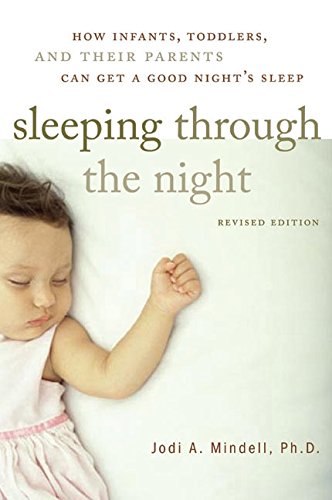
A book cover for Sleeping Through the Night, Revised Edition: How Infants, Toddlers, and Their Parents Can Get a Good Night's Sleep; Jodi A. Mindell; Parenting & Relationships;